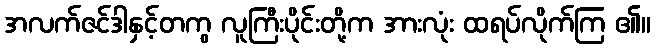
အလက်ဇင်ဒါနှင့်တကွ လူကြီးပိုင်းတို့က အားလုံး ထရပ်လိုက်ကြ ၏။